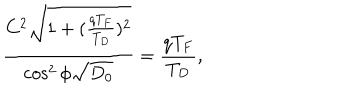
\frac { C ^ { 2 } \sqrt { 1 + ( \frac { q T _ { F } } { T _ { D } } ) ^ { 2 } } } { \cos ^ { 2 } \phi \sqrt { D _ { 0 } } } = \frac { q T _ { F } } { T _ { D } } ,